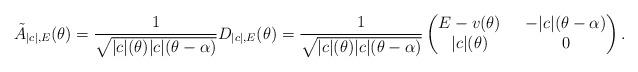
LaTeX: \begin{align*}\tilde{A}_{|c|,E}(\theta)=\frac{1}{\sqrt{|c|(\theta)|c|(\theta-\alpha)}}D_{|c|,E}(\theta)=\frac{1}{\sqrt{|c|(\theta)|c|(\theta-\alpha)}}\left(\begin{matrix}E-v(\theta)\ \ &-|c|(\theta-\alpha)\\|c|(\theta)\ \ &0\end{matrix}\right).\end{align*}